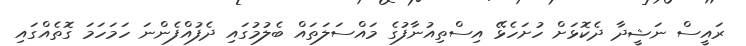
ރައީސް ނަޝީދާ ދެކޮޅަށް ހުށަހެޅޭ އިސްތިއުނާފުގެ މައްސަލަތައް ބެލުމުގައި ދެފުއްފެންނަ ހަމަހަމަ ގޮތެއްގައި